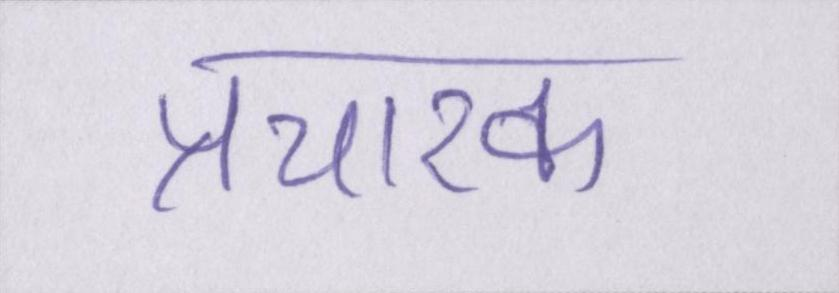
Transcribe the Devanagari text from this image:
प्रचारक